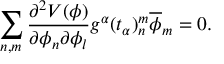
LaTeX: \sum _ { n , m } { \frac { \partial ^ { 2 } V ( \phi ) } { \partial \phi _ { n } \partial \phi _ { l } } } g ^ { \alpha } ( t _ { \alpha } ) _ { n } ^ { m } \overline { { { \phi } } } _ { m } = 0 .